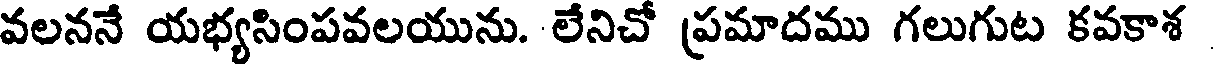
వలననే యభ్యసింపవలయును. లేనిచో ప్రమాదము గలుగుట కవకాశ